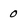
Character: 0